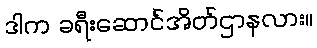
ဒါက ခရီးဆောင်အိတ်ဌာနလား။